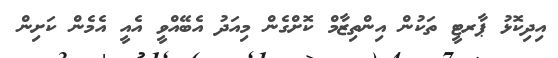
އިދިކޮޅު ޕާރޓީ ތަކުން އިންތިޒާމް ކޮށްގެން މިއަދު އެބޭއްވީ އެއީ އެމެން ކަށިން